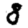
Digit: 8